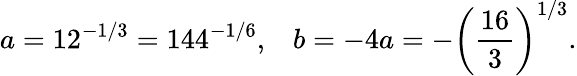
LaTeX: a=12^{-1/3}=144^{-1/6},\; \; \; b=-4a=-\left(\frac{16}{3}\right)^{1/3}.